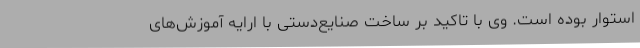
استوار بوده است. وی با تاکید بر ساخت صنایع‌دستی با ارایه آموزش‌های